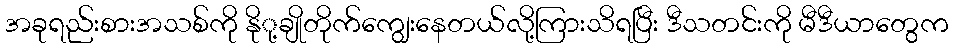
အခုရည်းစားအသစ်ကို နိုု့ချိုတိုက်ကျွေးနေတယ်လို့ကြားသိရပြီး ဒီသတင်းကို မီဒီယာတွေက